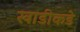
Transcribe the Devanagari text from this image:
खाडीकडे